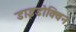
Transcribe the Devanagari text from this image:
डाइडोक्विन